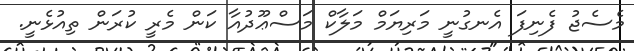
މެސެޖު ފެނިފަ އެނގުނީ މަރިޔަމް މަލާކް މަސްޢޫދުއާ ކަން މެރީ ކުރަން ތިއުޅެނީ.